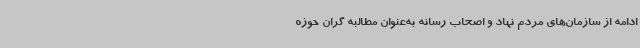
ادامه از سازمان‌های مردم نهاد و اصحاب رسانه به‌عنوان مطالبه گران حوزه